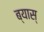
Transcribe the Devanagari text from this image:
ब्यास्